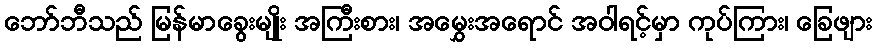
ဘော်ဘီသည် မြန်မာခွေးမျိုး အကြီးစား၊ အမွှေးအရောင် အဝါရင့်မှာ ကုပ်ကြား၊ ခြေဖျား